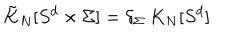
\tilde { K } _ { N } [ S ^ { d } \times \Sigma ] = \delta _ { \Sigma } ~ K _ { N } [ S ^ { d } ]